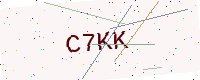
Text: C7KK